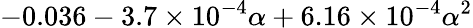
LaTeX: -0.036-3.7\times 10^{-4}\alpha+6.16\times 10^{-4}\alpha^{2}